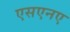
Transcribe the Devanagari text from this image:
एसएनए